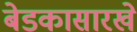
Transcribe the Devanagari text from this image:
बेडकासारखे